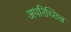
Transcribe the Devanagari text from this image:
अपरिच्छिन्न